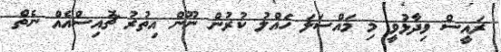
ރައީސް ވިދާޅުވީ މި މައްސަލަ ހައްލު ކުރުން ނޫން އިތުރު ޗޮއިސްއެއް ނެތް